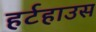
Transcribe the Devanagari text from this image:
हर्टहाउस